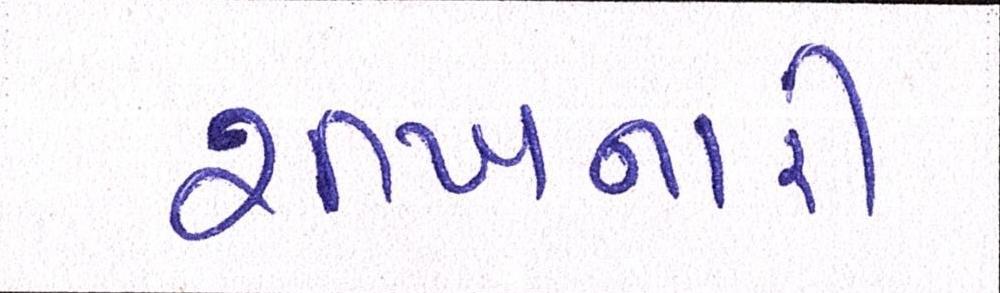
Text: શીખનારી